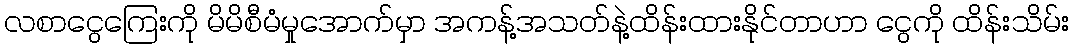
လစာငွေကြေးကို မိမိစီမံမှုအောက်မှာ အကန့်အသတ်နဲ့ထိန်းထားနိုင်တာဟာ ငွေကို ထိန်းသိမ်း